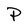
Character: P